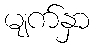
မျက်နှာ